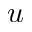
u